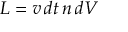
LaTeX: L = v \, d t \, n \, d V